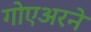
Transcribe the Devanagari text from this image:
गोएअरने